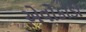
એવોકાડો